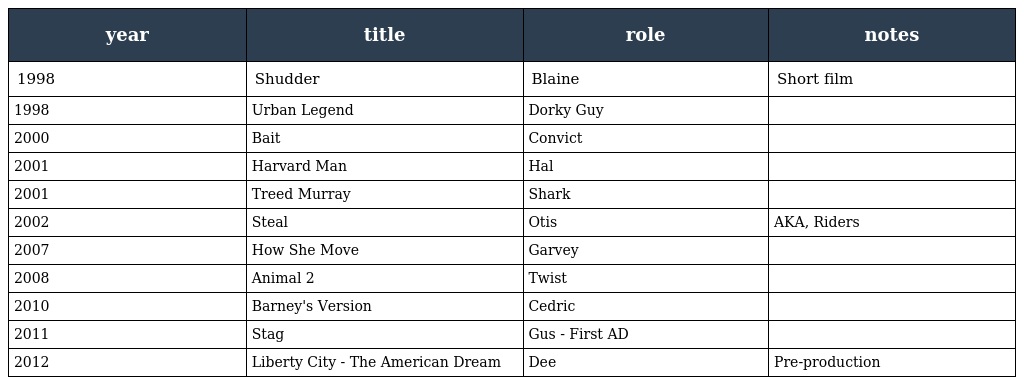
| year | title | role | notes |
 | --- | --- | --- | --- |
 | 1998 | Shudder | Blaine | Short film |
 | 1998 | Urban Legend | Dorky Guy |  |
 | 2000 | Bait | Convict |  |
 | 2001 | Harvard Man | Hal |  |
 | 2001 | Treed Murray | Shark |  |
 | 2002 | Steal | Otis | AKA, Riders |
 | 2007 | How She Move | Garvey |  |
 | 2008 | Animal 2 | Twist |  |
 | 2010 | Barney's Version | Cedric |  |
 | 2011 | Stag | Gus - First AD |  |
 | 2012 | Liberty City - The American Dream | Dee | Pre-production |